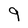
Character: 9